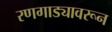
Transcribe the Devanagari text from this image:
रणगाड्यावरून